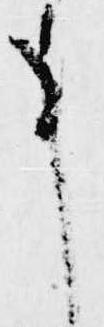
事